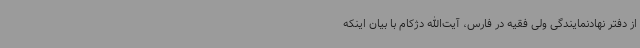
از دفتر نهادنمایندگی ولی فقیه در فارس، آیت‌الله دژکام با بیان اینکه